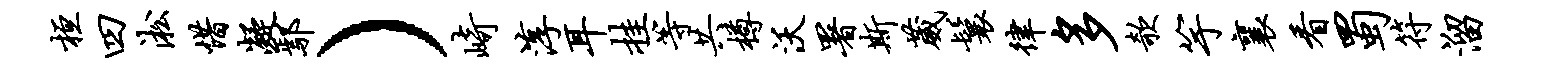
桓四淞惜凝鄢）崎淳耳挂等共樽沃署斯葳鬟律多欹竽襄看蜀符溜